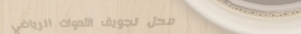
محل تجويف الأدوات الرياضي